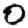
Digit: 0